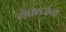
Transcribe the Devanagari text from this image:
मेघगर्जना